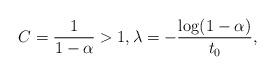
LaTeX: \begin{align*} C = \frac{1}{1-\alpha} > 1, \lambda = - \frac{\log(1-\alpha)}{t_0 }, \end{align*}